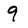
Character: 9